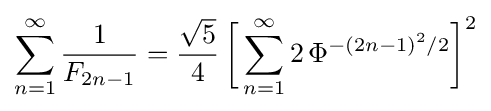
\sum _{n=1}^{\infty }{\frac {1}{F_{2n-1}}}={\frac {\sqrt {5}}{4}}\,{\biggl [}\sum _{n=1}^{\infty }2\,\Phi ^{-(2n-1)^{2}/2}{\biggr ]}^{2}